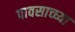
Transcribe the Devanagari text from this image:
पावसाच्घ्या